Scottish Leaving Certificate Examination, 1958
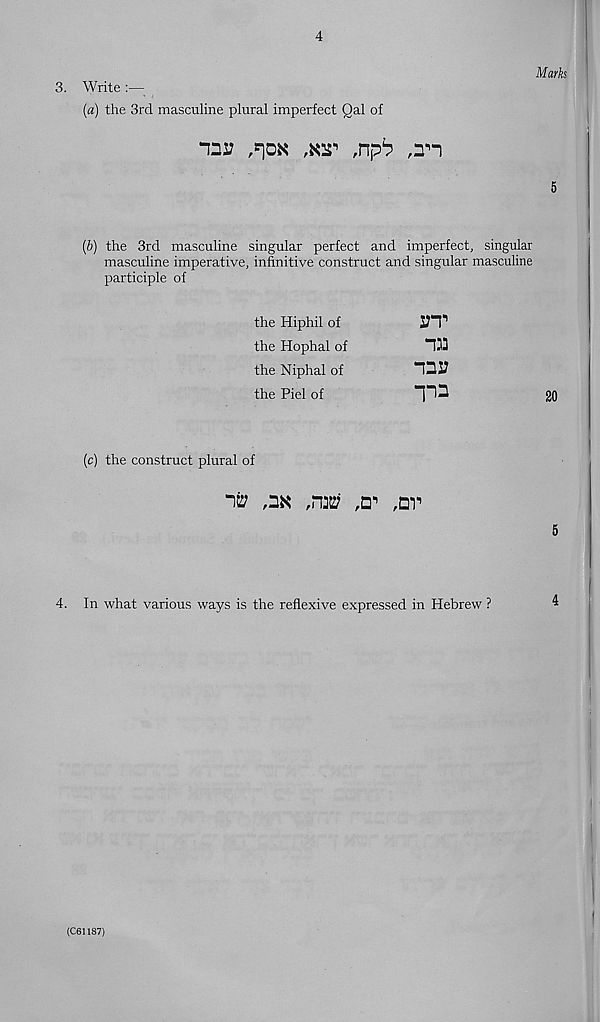
4
3. Write :—
[a) the 3rd masculine plural imperfect Qal of
12V
,K!T ,lpl ,2'2
Marks
(b) the 3rd masculine singular perfect and imperfect, singular
masculine imperative, infinitive construct and singular masculine
participle of
the Hiphil of
S7T 1
the Hophal of
the Niphal of
ID!}
the Piel of
T*
(c) the construct plural of
1W
,nv
20
4. In what various ways is the reflexive expressed in Hebrew ?
(C61187)